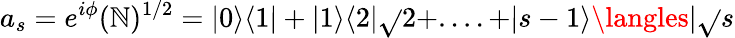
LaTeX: a_{s}=e^{i\phi}(\mathbb{N})^{1/2}=|0\rangle\langle1|+|1\rangle\langle2|\sqrt{}{{2}}+....+|s-1\rangle\langles|\sqrt{}{{s}}